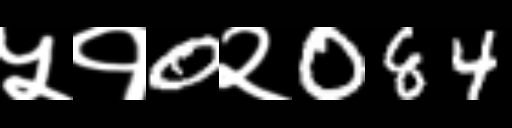
Text: ५१0२084